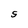
Character: 5